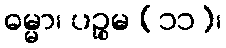
ဓမ္မာ၊ ပဉ္စမ (၁၁)၊